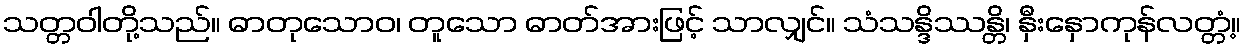
သတ္တဝါတို့သည်။ ဓာတုသောဝ၊ တူသော ဓာတ်အားဖြင့် သာလျှင်။ သံသန္ဒိဿန္တိ၊ နှီးနှောကုန်လတ္တံ့။